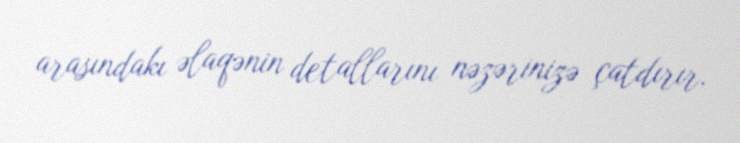
arasındakı əlaqənin detallarını nəzərinizə çatdırır.